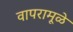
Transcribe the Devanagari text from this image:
वापरामूळे